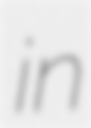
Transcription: in